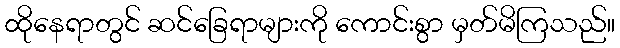
ထိုနေရာတွင် ဆင်ခြေရာများကို ကောင်းစွာ မှတ်မိကြသည်။